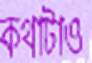
কথাটাও